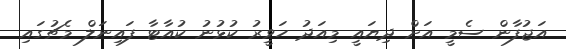
އަޖުފާން ސެމީ އަށް ދިޔައީ މިއަދު ހަވީރު ކުޅުނު ކުއާޓާ ފައިނަލް މެޗުގައި